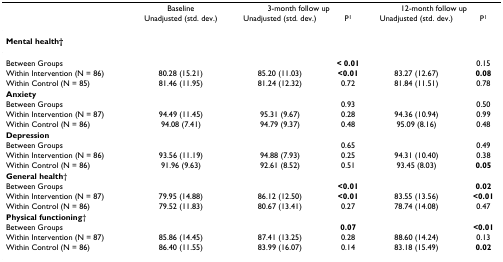
|  | Baseline | <COLSPAN=2> 3-month follow up | <COLSPAN=2> 12-month follow up |
 |  | Unadjusted (std. dev.) | Unadjusted (std. dev.) | P1 | Unadjusted (std. dev.) | P1 |
 | --- | --- | --- | --- | --- | --- |
 | Mental health† |  |  |  |  |  |
 | Between Groups |  |  | < 0.01 |  | 0.15 |
 | Within Intervention (N = 86) | 80.28 (15.21) | 85.20 (11.03) | <0.01 | 83.27 (12.67) | 0.08 |
 | Within Control (N = 85) | 81.46 (11.95) | 81.24 (12.32) | 0.72 | 81.84 (11.51) | 0.78 |
 | Anxiety |  |  |  |  |  |
 | Between Groups |  |  | 0.93 |  | 0.50 |
 | Within Intervention (N = 87) | 94.49 (11.45) | 95.31 (9.67) | 0.28 | 94.36 (10.94) | 0.99 |
 | Within Control (N = 86) | 94.08 (7.41) | 94.79 (9.37) | 0.48 | 95.09 (8.16) | 0.48 |
 | Depression |  |  |  |  |  |
 | Between Groups |  |  | 0.65 |  | 0.49 |
 | Within Intervention (N = 86) | 93.56 (11.19) | 94.88 (7.93) | 0.25 | 94.31 (10.40) | 0.38 |
 | Within Control (N = 86) | 91.96 (9.63) | 92.61 (8.52) | 0.51 | 93.45 (8.03) | 0.05 |
 | General health† |  |  |  |  |  |
 | Between Groups |  |  | <0.01 |  | 0.02 |
 | Within Intervention (N = 87) | 79.95 (14.88) | 86.12 (12.50) | <0.01 | 83.55 (13.56) | <0.01 |
 | Within Control (N = 86) | 79.52 (11.83) | 80.67 (13.41) | 0.27 | 78.74 (14.08) | 0.47 |
 | Physical functioning† |  |  |  |  |  |
 | Between Groups |  |  | 0.07 |  | <0.01 |
 | Within Intervention (N = 87) | 85.86 (14.45) | 87.41 (13.25) | 0.28 | 88.60 (14.24) | 0.13 |
 | Within Control (N = 86) | 86.40 (11.55) | 83.99 (16.07) | 0.14 | 83.18 (15.49) | 0.02 |